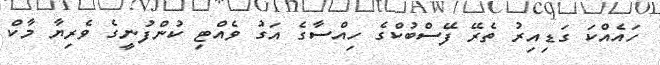
ހައެއްކަ ގަޑިއިރު ތެރޭ ފޭސްބުކްގެ ހިއްސާގެ އަގު ވެއްޓި ކުންފުނީގެ ވެރިޔާ މާކް